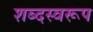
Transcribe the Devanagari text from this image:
शब्दस्वरूप